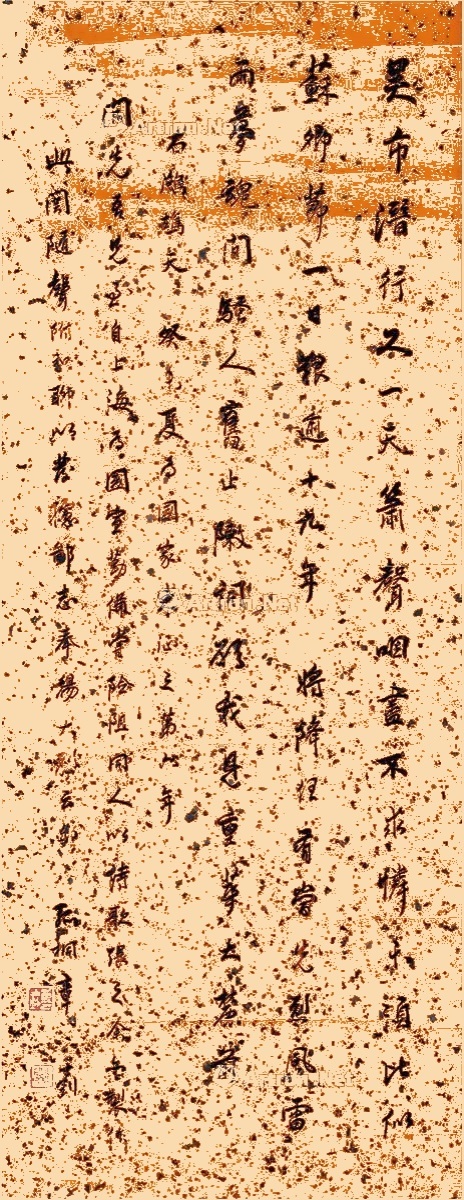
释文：吴市潜行又一天，箫声咽尽不求怜。未须比似苏卿节，一日艰逾十九年。将降任，有当先。烈风雷雨梦魂间，骚人旧止陈词愿，我见重华大麓前。右鹧鸪天，癸未夏为国家东征之第六年，开先吾兄至自上海为国宣勤，备尝险阻，同人以诗歌张之。余亦制作此阙随声附和，聊以发摅鄙志，奉扬大烈云尔，孤桐章士钊。